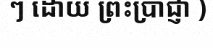
ៗ ដោយ ព្រះប្រាជ្ញា )